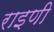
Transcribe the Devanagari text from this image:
राइणी